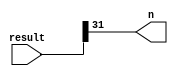
module uc_negative(
	result,
	n
);


input wire	[31:0] result;
output wire	n;


assign	n = result[31];




endmodule